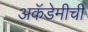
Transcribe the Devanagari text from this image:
अकॅडेमीची